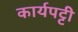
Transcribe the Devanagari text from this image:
कार्यपट्टी